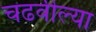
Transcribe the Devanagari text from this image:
चढवील्या